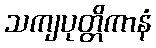
သကျပုတ္တိကာနံ